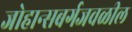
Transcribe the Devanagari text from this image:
जोहान्सबर्गजवळील